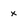
Character: x